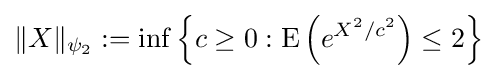
\Vert X\Vert _{\psi _{2}}:=\inf \left\{c\geq 0:\mathrm {E} \left(e^{X^{2}/c^{2}}\right)\leq 2\right\}